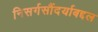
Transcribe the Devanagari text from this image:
निसर्गसौंदर्याबद्दल